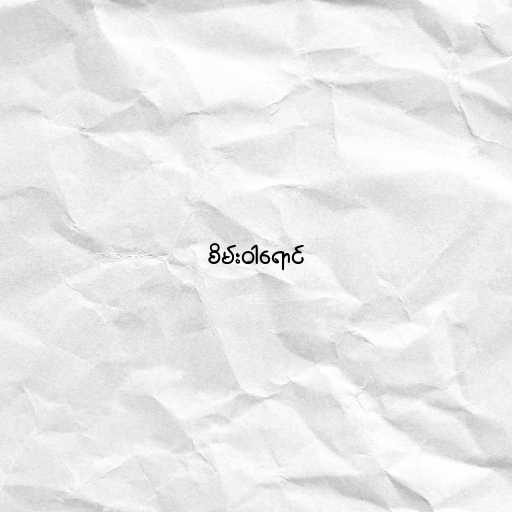
စိမ်းဝါရောင်